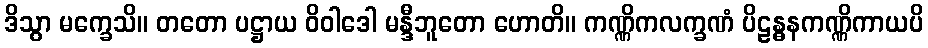
ဒိသွာ မက္ခေသိ။ တတော ပဋ္ဌာယ ဝိဝါဒေါ မန္ဒီဘူတော ဟောတိ။ ကဏ္ဏိကလက္ခဏံ ပိဠန္ဓနကဏ္ဏိကာယပိ